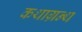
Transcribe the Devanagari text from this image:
कथाग्रन्थ